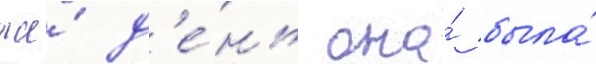
же́ д'е́нь она́ была́